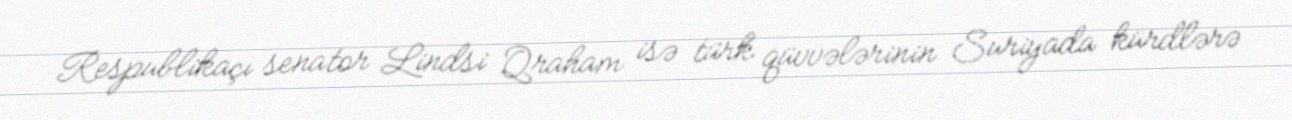
Respublikaçı senator Lindsi Qraham isə türk qüvvələrinin Suriyada kürdlərə